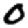
Digit: 0